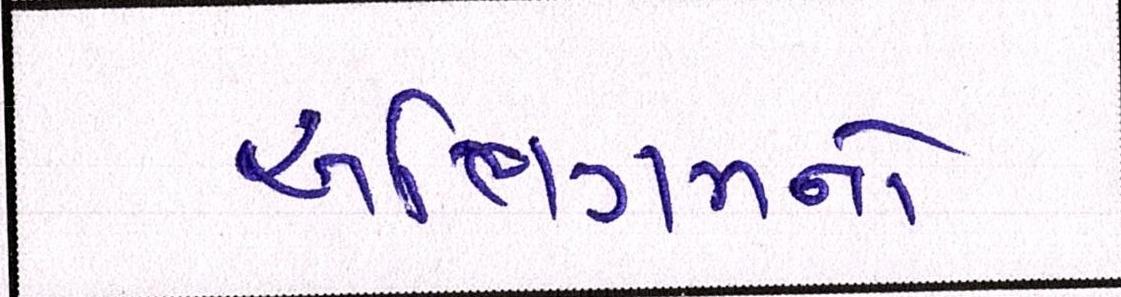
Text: અભિગમનો